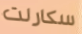
سكارلت